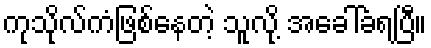
ကုသိုလ်ကံဖြစ်နေတဲ့ သူလို့ အခေါ်ခံရပြီ။